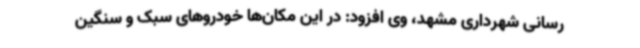
‌رسانی شهرداری مشهد، وی افزود: در این مکان‌ها خودروهای سبک و سنگین